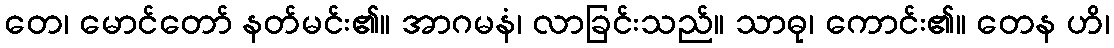
တေ၊ မောင်တော် နတ်မင်း၏။ အာဂမနံ၊ လာခြင်းသည်။ သာဓု၊ ကောင်း၏။ တေန ဟိ၊